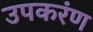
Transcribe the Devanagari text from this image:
उपकरंण